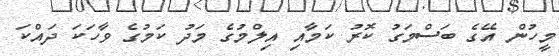
މީހުން އޭގެ ބަސްމަގު ކޮރު ކަމާއި އިލްމުގެ މަދު ކަމުގެ ވާހަކަ ދައްކަ